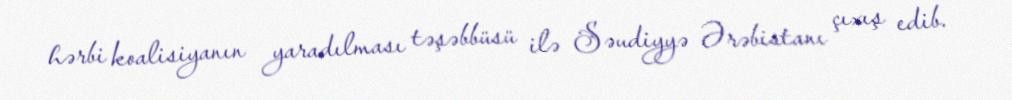
hərbi koalisiyanın yaradılması təşəbbüsü ilə Səudiyyə Ərəbistanı çıxış edib.